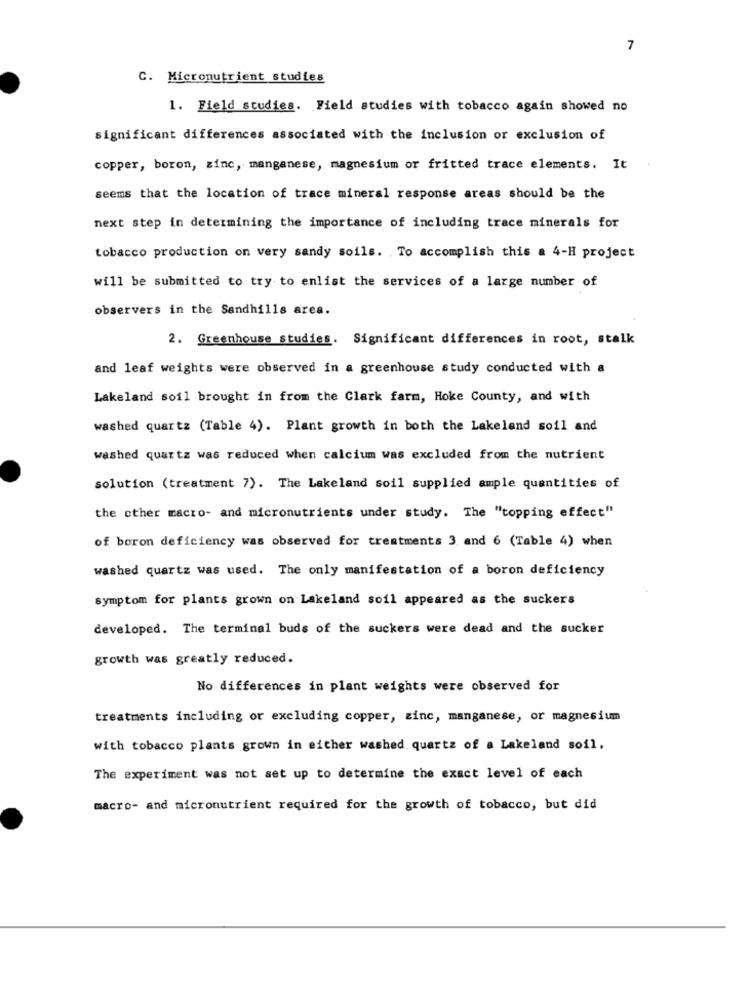
7
C. Micronutrient studies
1. Field studies. Field studies with tobacco again showed no
significant differences associated with the inclusion or exclusion of
copper, boron, zinc, manganese, magnesium or fritted trace elements. It
seems that the location of trace mineral response areas should be the
next step in determining the importance of including trace minerals for
tobacco production on very sandy soils. To accomplish this a 4-H project
will be submitted to try to enlist the services of a large number of
observers in the Sandhills area.
2. Greenhouse studies. Significant differences in root, stalk
and leaf weights were observed in a greenhouse study conducted with a
Lakeland soil brought in from the Clark farm, Hoke County, and with
washed quartz (Table 4). Plant growth in both the Lakeland soil and
washed quartz was reduced when calcium was excluded from the nutrient
solution (treatment 7). The Lakeland soil supplied ample quantities of
the other macro- and micronutrients under study. The "topping effect"
of boron deficiency was observed for treatments 3 and 6 (Table 4) when
washed quartz was used. The only manifestation of a boron deficiency
symptom for plants grown on Lakeland soil appeared as the suckers
developed. The terminal buds of the suckers were dead and the sucker
growth was greatly reduced.
No differences in plant weights were observed for
treatments including or excluding copper, zinc, manganese, or magnesium
with tobacco plants grown in either washed quartz of a Lakeland soil.
The experiment was not set up to determine the exact level of each
macro- and micronutrient required for the growth of tobacco, but did